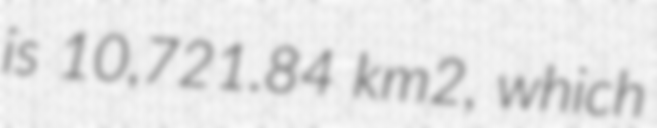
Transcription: is 10,721.84 km2, which